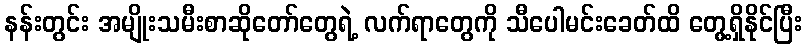
နန်းတွင်း အမျိုးသမီးစာဆိုတော်တွေရဲ့ လက်ရာတွေကို သီပေါမင်းခေတ်ထိ တွေ့ရှိနိုင်ပြီး